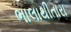
ભાલાથીતારા